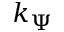
k _ { \Psi }